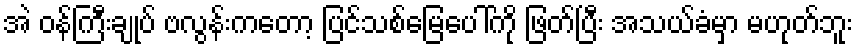
အဲ ဝန်ကြီးချုပ် ဗလွန်းကတော့ ပြင်သစ်မြေပေါ်ကို ဖြတ်ပြီး အသယ်ခံမှာ မဟုတ်ဘူး